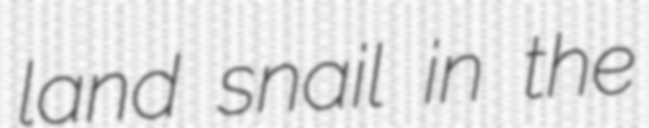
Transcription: land snail in the